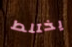
يختلط